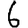
Digit: 6